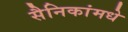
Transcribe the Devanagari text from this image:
सैनिकांमधे